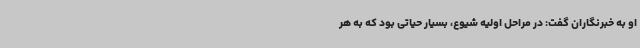
او به خبرنگاران گفت: در مراحل اولیه شیوع، بسیار حیاتی بود که به هر